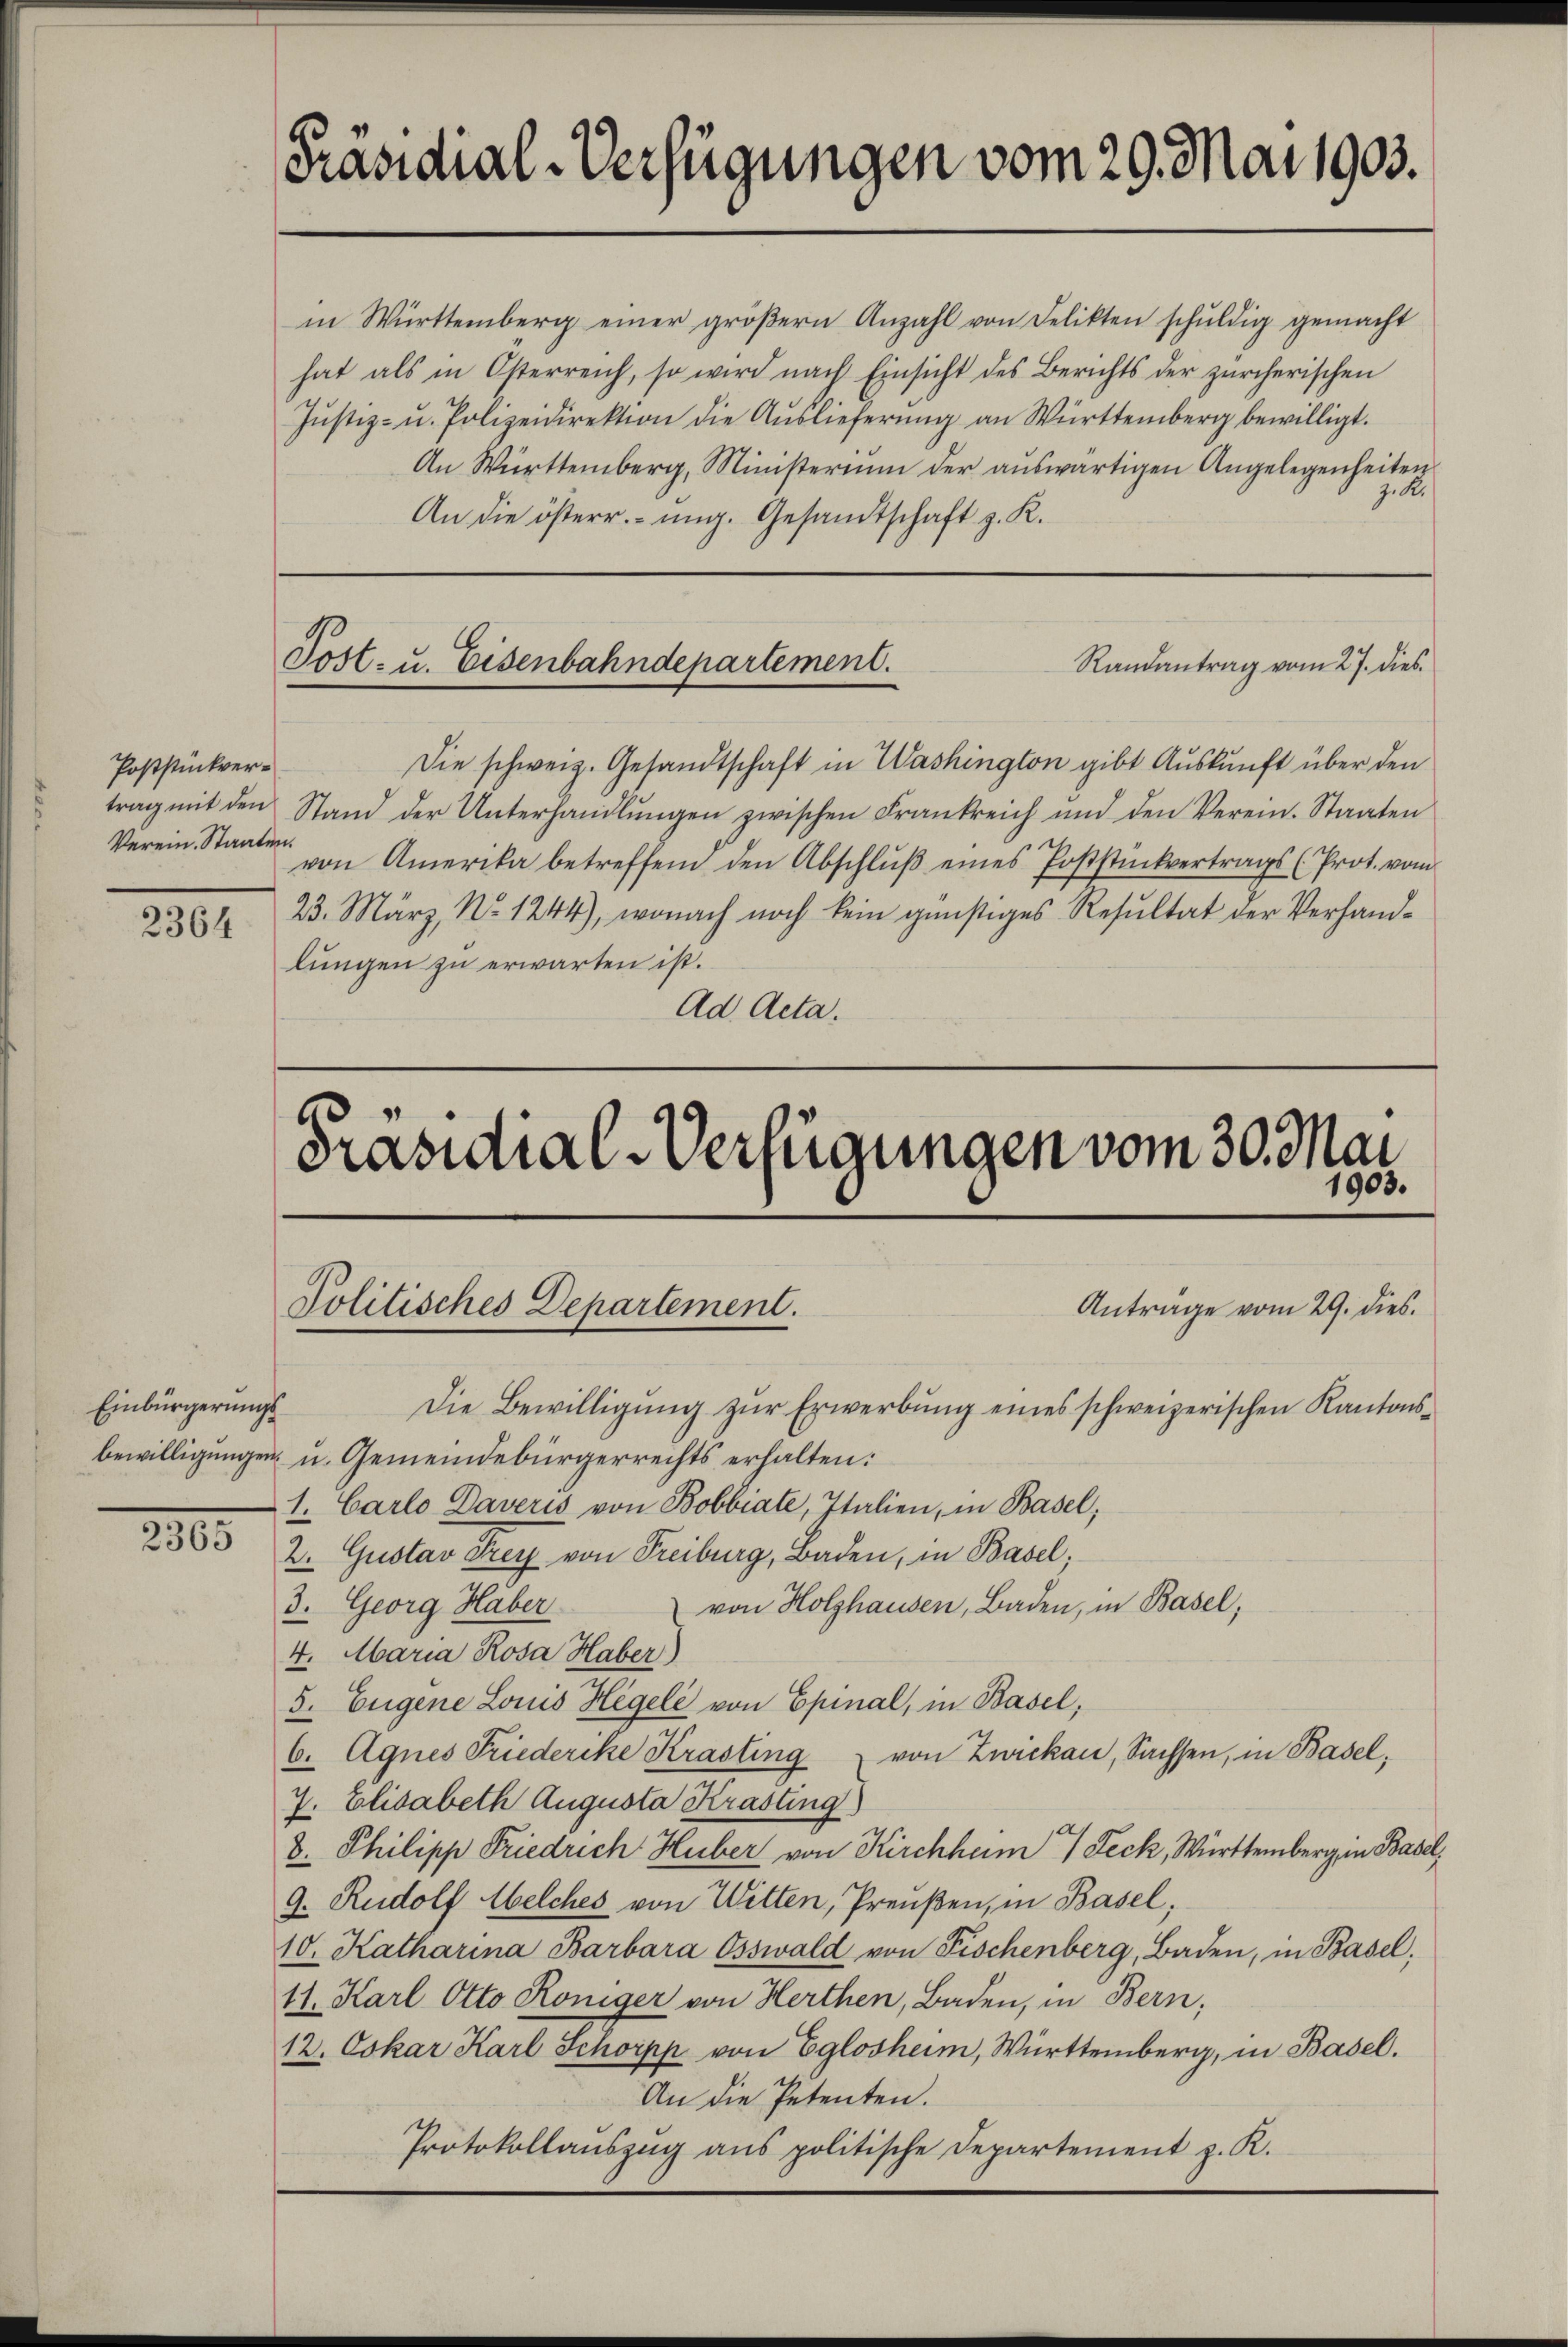
Poststückver¬
Verein. Staaten.

2364

Einbürgerungs

2305

Präsidial-Verfügungen vom 29. Mai 1903.

hat als in Otterreich, so wird nach Einsicht des Berichts der zürcherischen
Jŭstiz- u. Polizeidirektion die Aŭslieferŭng an Württemberg bewilligt.
An Württemberg, Ministerium der aŭswärtigen Angelegenheiten
z. R.
An die österr. ung. Gesandtschaft z. R.

in Württemberg einer gröβern Anzahl von Delikten schŭldig gemacht

Randantrag vom 27. dies
Post- u. Eisenbahndepartement.

Die schweiz. Gesandtschaft in Washington gibt Auskunft über den
trag mit den Stand der Unterhandlŭngen zwischen Frankreich und den Verein. Staaten
von Amerika betreffend den Abschlŭβ eines Poststückvertrags (Prot. vom
23. März, No 1244), wonach noch kein günstiges Resultat der Verhandlungen zu erwarten ist.
Ad Acta.

Präsidial-Verfügungen vom 30. Mai
Politisches Departement.
Die Bewilligung zur Erwerbung eines schweizerischen Kantons¬

bewilligungen u. Gemeindebürgerrechts erhalten:
1. Carlo Daveris von Bobbiale, Italien, in Basel,
2. Gustav Drey von Freiburg, Baden, in Basel;
von Holzhausen, Baden, in Basel,
3. Georg Haber
4. Maria Rosa Haber)
5. Eugene Louis Hegele von Epinal, in Basel,
6. Agnes Friederike Krasting von Zwickau, Sachsen, in Basel,
7. Elisabeth Augusta Krasting
8. Philipp Friedrich Huber von Kirchhum  Teck, Württemberg in Basel,
9. Rudolf Welches von Witten, Preußen, in Basel;
10. Katharina Barbara Osswald von Fischenberg, Baden, in Basel,
11. Karl Otto Königer von Herthen, Baden, in Bern,
12. Oskar Karl Schorpp von Eglosheim, Württemberg, in Basel.
An die Petenten.
Protokollaŭszŭg ans politische Departement z. K.

1903.
Anträge vom 29. dies.